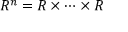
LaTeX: R ^ { n } = R \times \cdots \times R